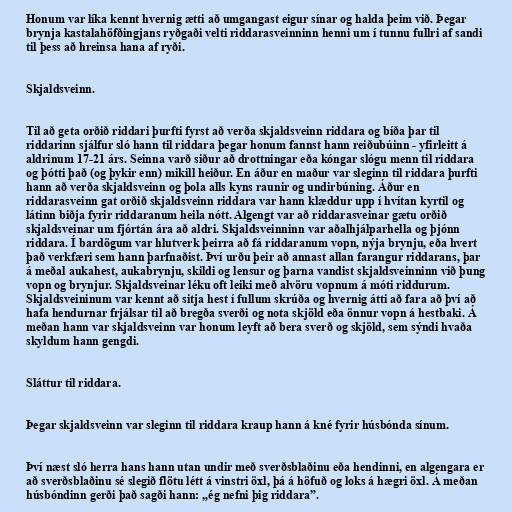
Honum var líka kennt hvernig ætti að umgangast eigur sínar og halda þeim við. Þegar
brynja kastalahöfðingjans ryðgaði velti riddarasveinninn henni um í tunnu fullri af sandi
til þess að hreinsa hana af ryði.

Skjaldsveinn.

Til að geta orðið riddari þurfti fyrst að verða skjaldsveinn riddara og bíða þar til
riddarinn sjálfur sló hann til riddara þegar honum fannst hann reiðubúinn - yfirleitt á
aldrinum 17-21 árs. Seinna varð siður að drottningar eða kóngar slógu menn til riddara
og þótti það (og þykir enn) mikill heiður. En áður en maður var sleginn til riddara þurfti
hann að verða skjaldsveinn og þola alls kyns raunir og undirbúning. Áður en
riddarasveinn gat orðið skjaldsveinn riddara var hann klæddur upp í hvítan kyrtil og
látinn biðja fyrir riddaranum heila nótt. Algengt var að riddarasveinar gætu orðið
skjaldsveinar um fjórtán ára að aldri. Skjaldsveinninn var aðalhjálparhella og þjónn
riddara. Í bardögum var hlutverk þeirra að fá riddaranum vopn, nýja brynju, eða hvert
það verkfæri sem hann þarfnaðist. Því urðu þeir að annast allan farangur riddarans, þar
á meðal aukahest, aukabrynju, skildi og lensur og þarna vandist skjaldsveinninn við þung
vopn og brynjur. Skjaldsveinar léku oft leiki með alvöru vopnum á móti riddurum.
Skjaldsveininum var kennt að sitja hest í fullum skrúða og hvernig átti að fara að því að
hafa hendurnar frjálsar til að bregða sverði og nota skjöld eða önnur vopn á hestbaki. Á
meðan hann var skjaldsveinn var honum leyft að bera sverð og skjöld, sem sýndi hvaða
skyldum hann gengdi.

Sláttur til riddara.

Þegar skjaldsveinn var sleginn til riddara kraup hann á kné fyrir húsbónda sínum.

Því næst sló herra hans hann utan undir með sverðsblaðinu eða hendinni, en algengara er
að sverðsblaðinu sé slegið flötu létt á vinstri öxl, þá á höfuð og loks á hægri öxl. Á meðan
húsbóndinn gerði það sagði hann: „ég nefni þig riddara”.